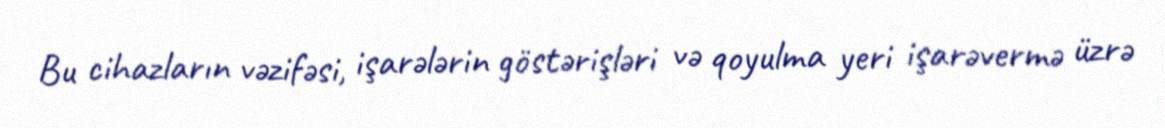
Bu cihazların vəzifəsi, işarələrin göstərişləri və qoyulma yeri işarəvermə üzrə